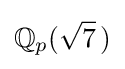
\mathbb {Q} _{p}({\sqrt {7}}\,)